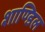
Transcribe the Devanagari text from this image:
शाण्डिल